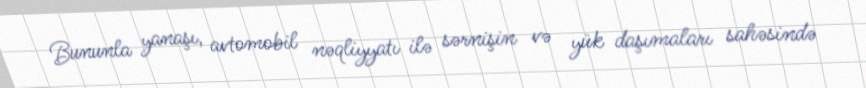
Bununla yanaşı, avtomobil nəqliyyatı ilə sərnişin və yük daşımaları sahəsində